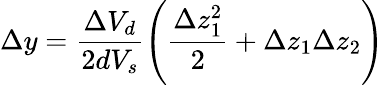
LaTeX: \Delta y=\frac{\Delta V_{d}}{2dV_{s}}\left(\frac{\Delta z_{1}^{2}}{2}+\Delta z_{1}\Delta z_{2}\right)